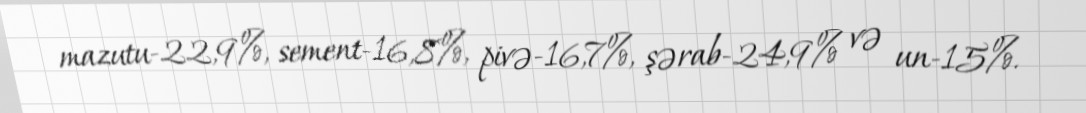
mazutu-22,9%, sement-16,8%, pivə-16,7%, şərab-24,9% və un-15%.